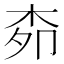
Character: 𭩪